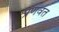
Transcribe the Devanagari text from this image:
प्रणवत